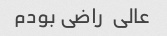
عالی  راضی بودم